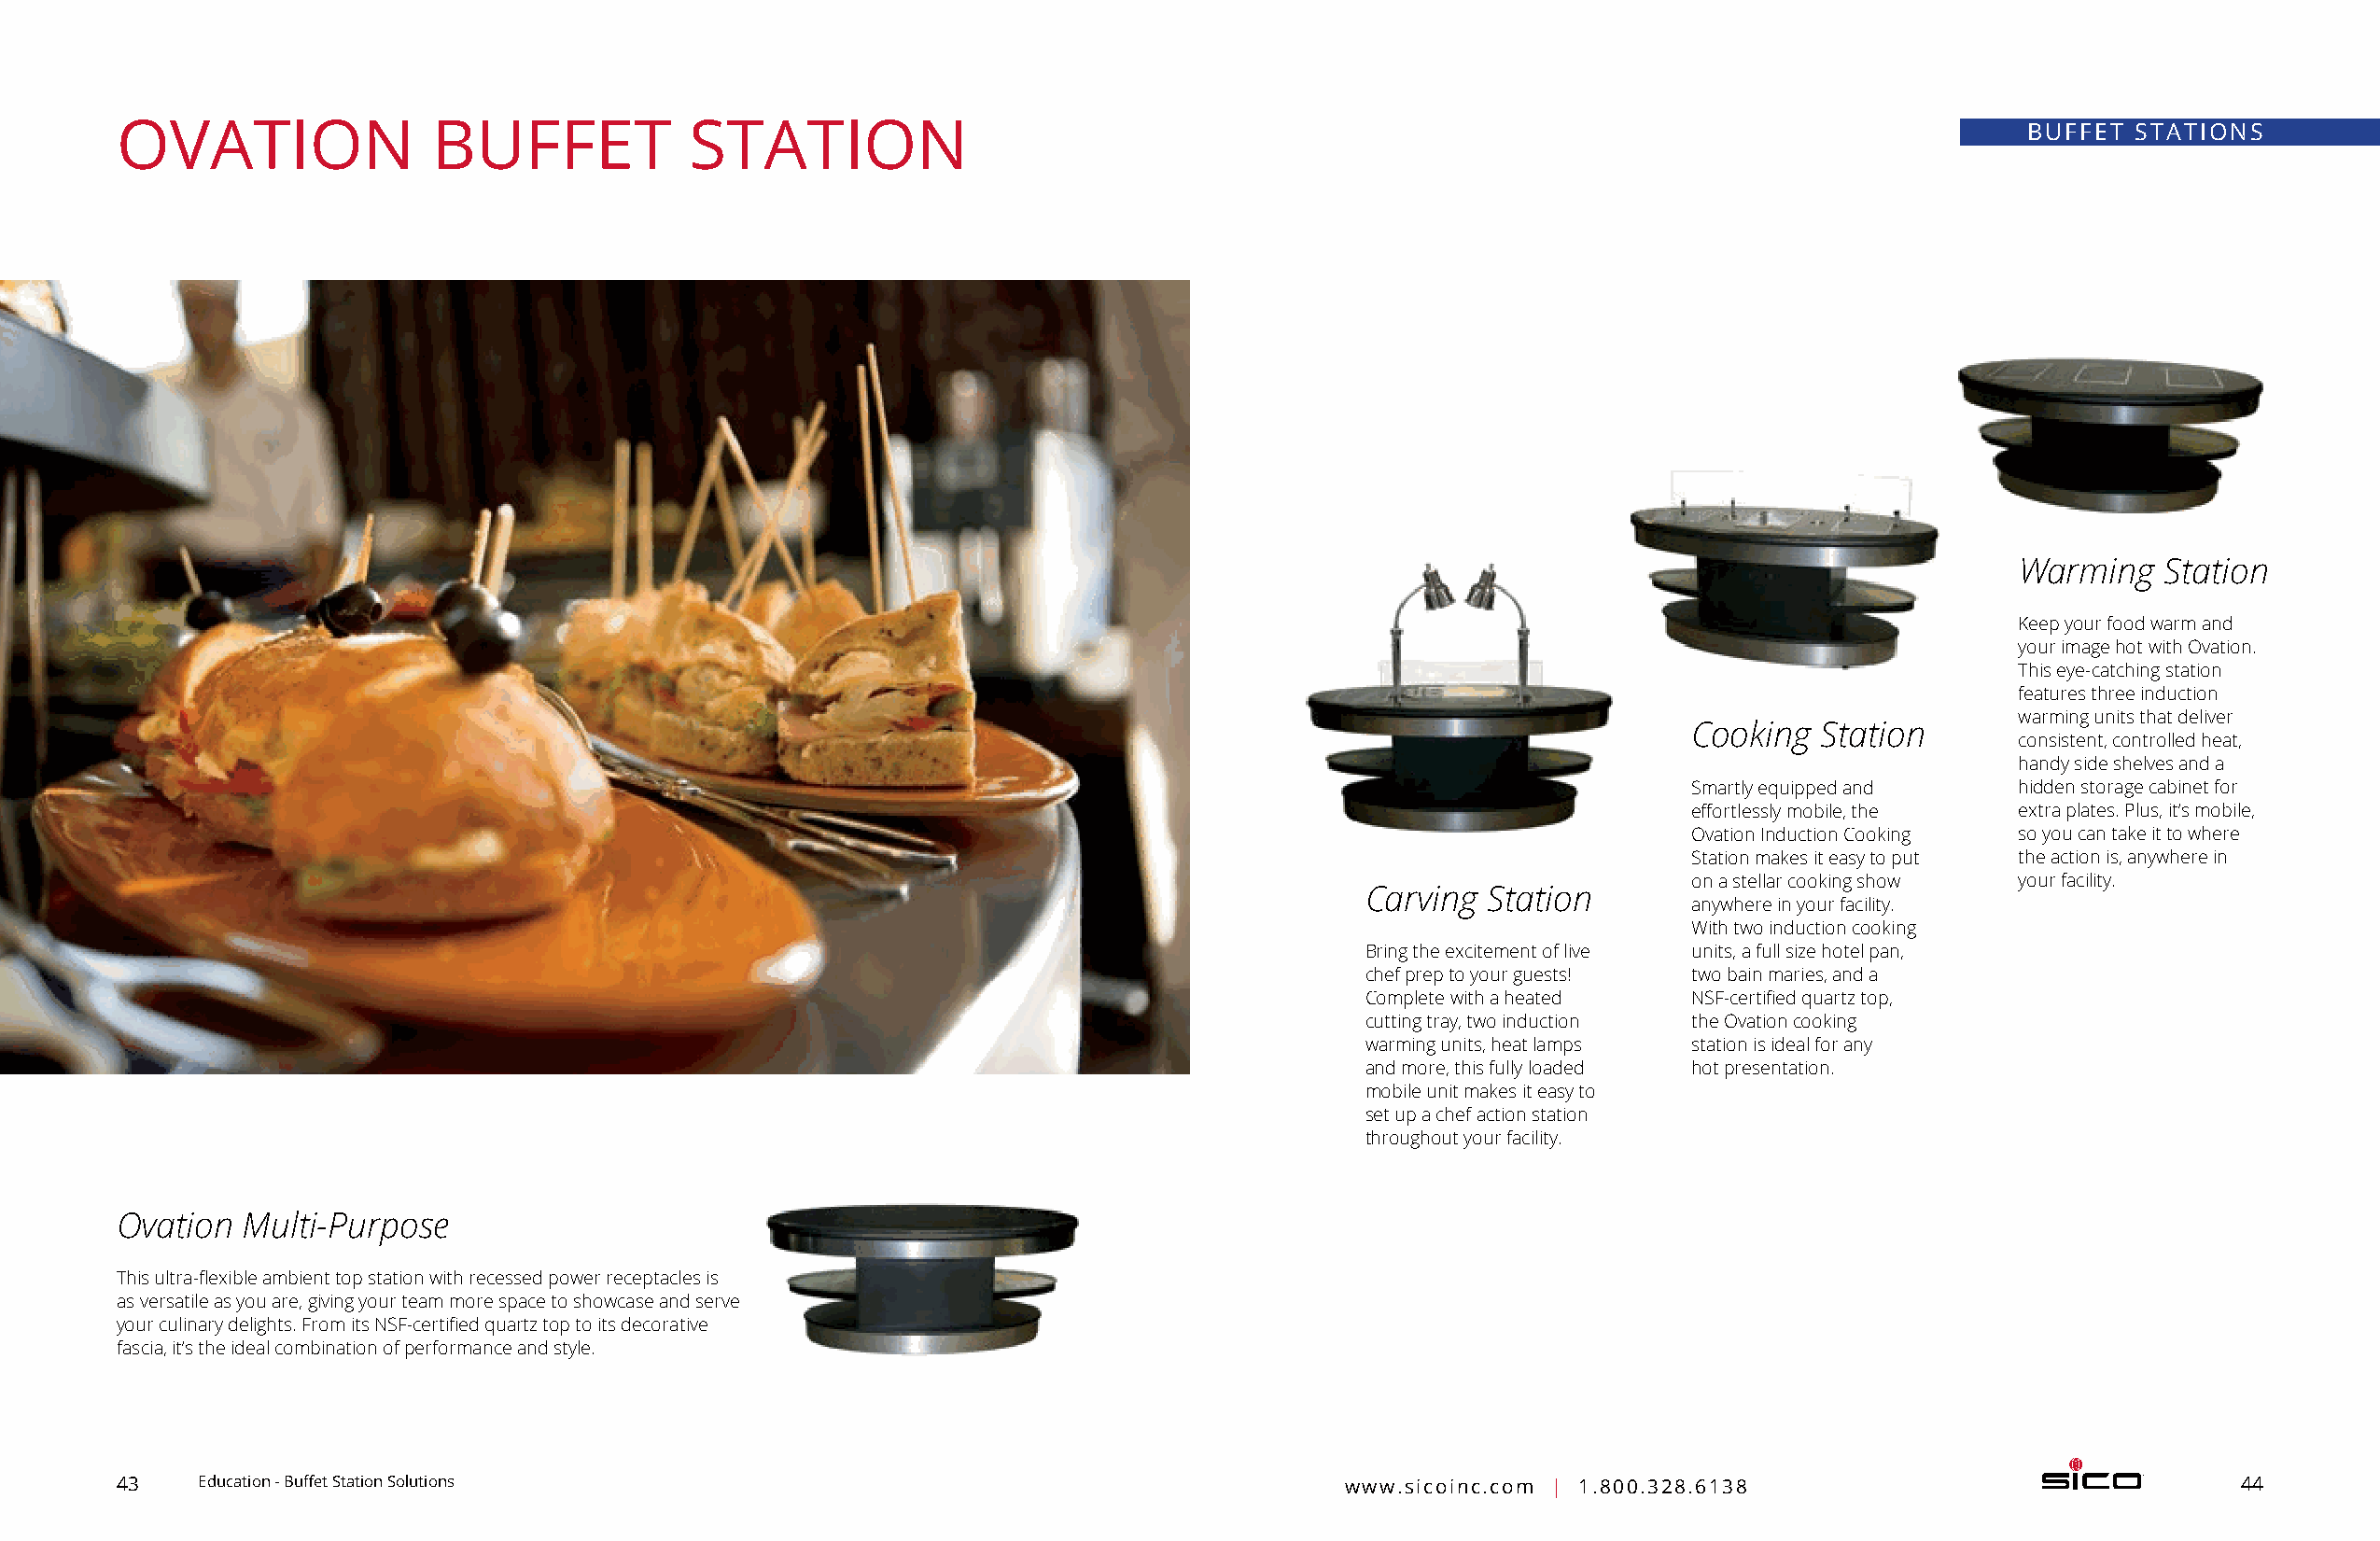
OVATION                BUFFET            STATION                                                                                        BUFFET STATIONS
 Warming    Station
 Keep your food warm and
 your image hot with Ovation.
 This eye-catching station
 features three induction
 warming units that deliver
 Cooking  Station
 consistent, controlled heat,
 handy side shelves and a
 Smartly equipped and   hidden storage cabinet for
 effortlessly mobile, the extra plates. Plus, it’s mobile,
 Ovation Induction Cooking so you can take it to where
 Station makes it easy to put the action is, anywhere in
 on a stellar cooking show your facility.
 Carving Station
 anywhere in your facility.
 With two induction c ooking
 Bring the excitement of live units, a full size hotel pan,
 chef prep to your guests! two bain maries, and a
 Complete with a heated NSF-certified quartz top,
 cutting tray, two induction the Ovation c ooking
 warming units, heat lamps station is ideal for any
 and more, this fully loaded hot presentation.
 mobile unit makes it easy to
 set up a chef action station
 throughout your facility.
 Ovation  Multi-Purpose
 This ultra-flexible ambient top station with recessed power receptacles is
 as versatile as you are, giving your team more space to showcase and serve
 your culinary delights. From its NSF-certified quartz top to its decorative
 fascia, it’s the ideal combination of p erformance and style.
 43    Education - Buffet Station Solutions                                             www.sicoinc.com | 1.800.328.6138                                44